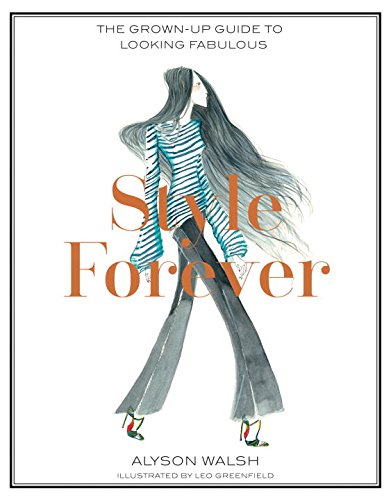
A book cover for Style Forever: The Grown-Up Guide to Looking Fabulous; Alyson Walsh; Arts & Photography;